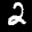
Label: 2